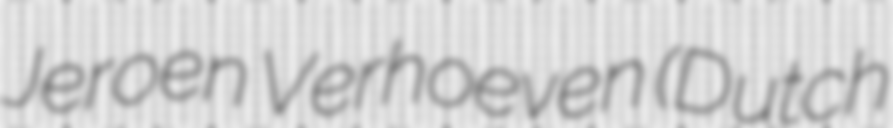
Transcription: Jeroen Verhoeven (Dutch